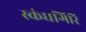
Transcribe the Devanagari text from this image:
स्‍कंधगिरि